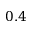
0 . 4